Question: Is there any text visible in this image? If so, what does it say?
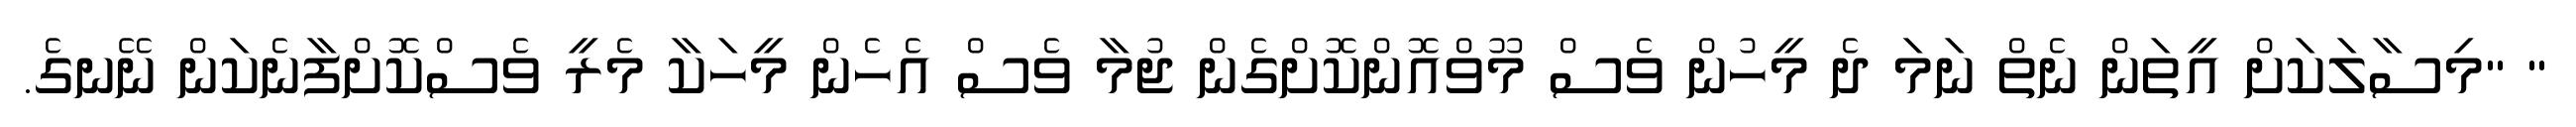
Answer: " "މިސާލަކަށް އީތަން ނެތް ނަމަ ދެ މީހުން ވެސް މޫވްއޮންކޮށްގެން ޖުމާ ވެސް އެހެން މީހަކާ މެރީ ވެސްކޮށްފާނެކަން ނޭނގެ.